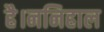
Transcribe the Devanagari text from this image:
है।ननिहाल